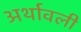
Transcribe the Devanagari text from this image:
अर्थावली